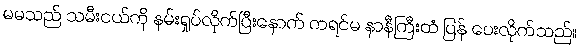
မမသည် သမီးငယ်ကို နမ်းရှုပ်လိုက်ပြီးနောက် ကရင်မ နာနီကြီးထံ ပြန် ပေးလိုက်သည်။